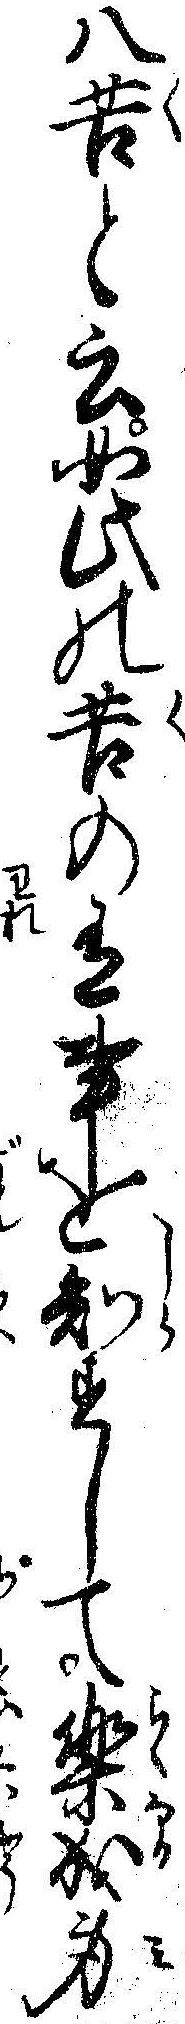
八苦と云如此の苦の有事を知すして楽成身